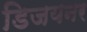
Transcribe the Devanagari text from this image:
डिजयनर